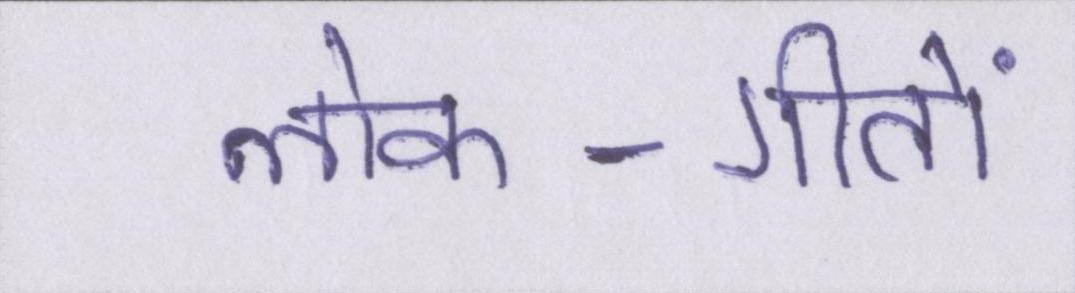
लोक-गीतों